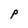
Character: P